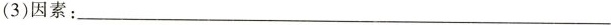
(3)因素：___